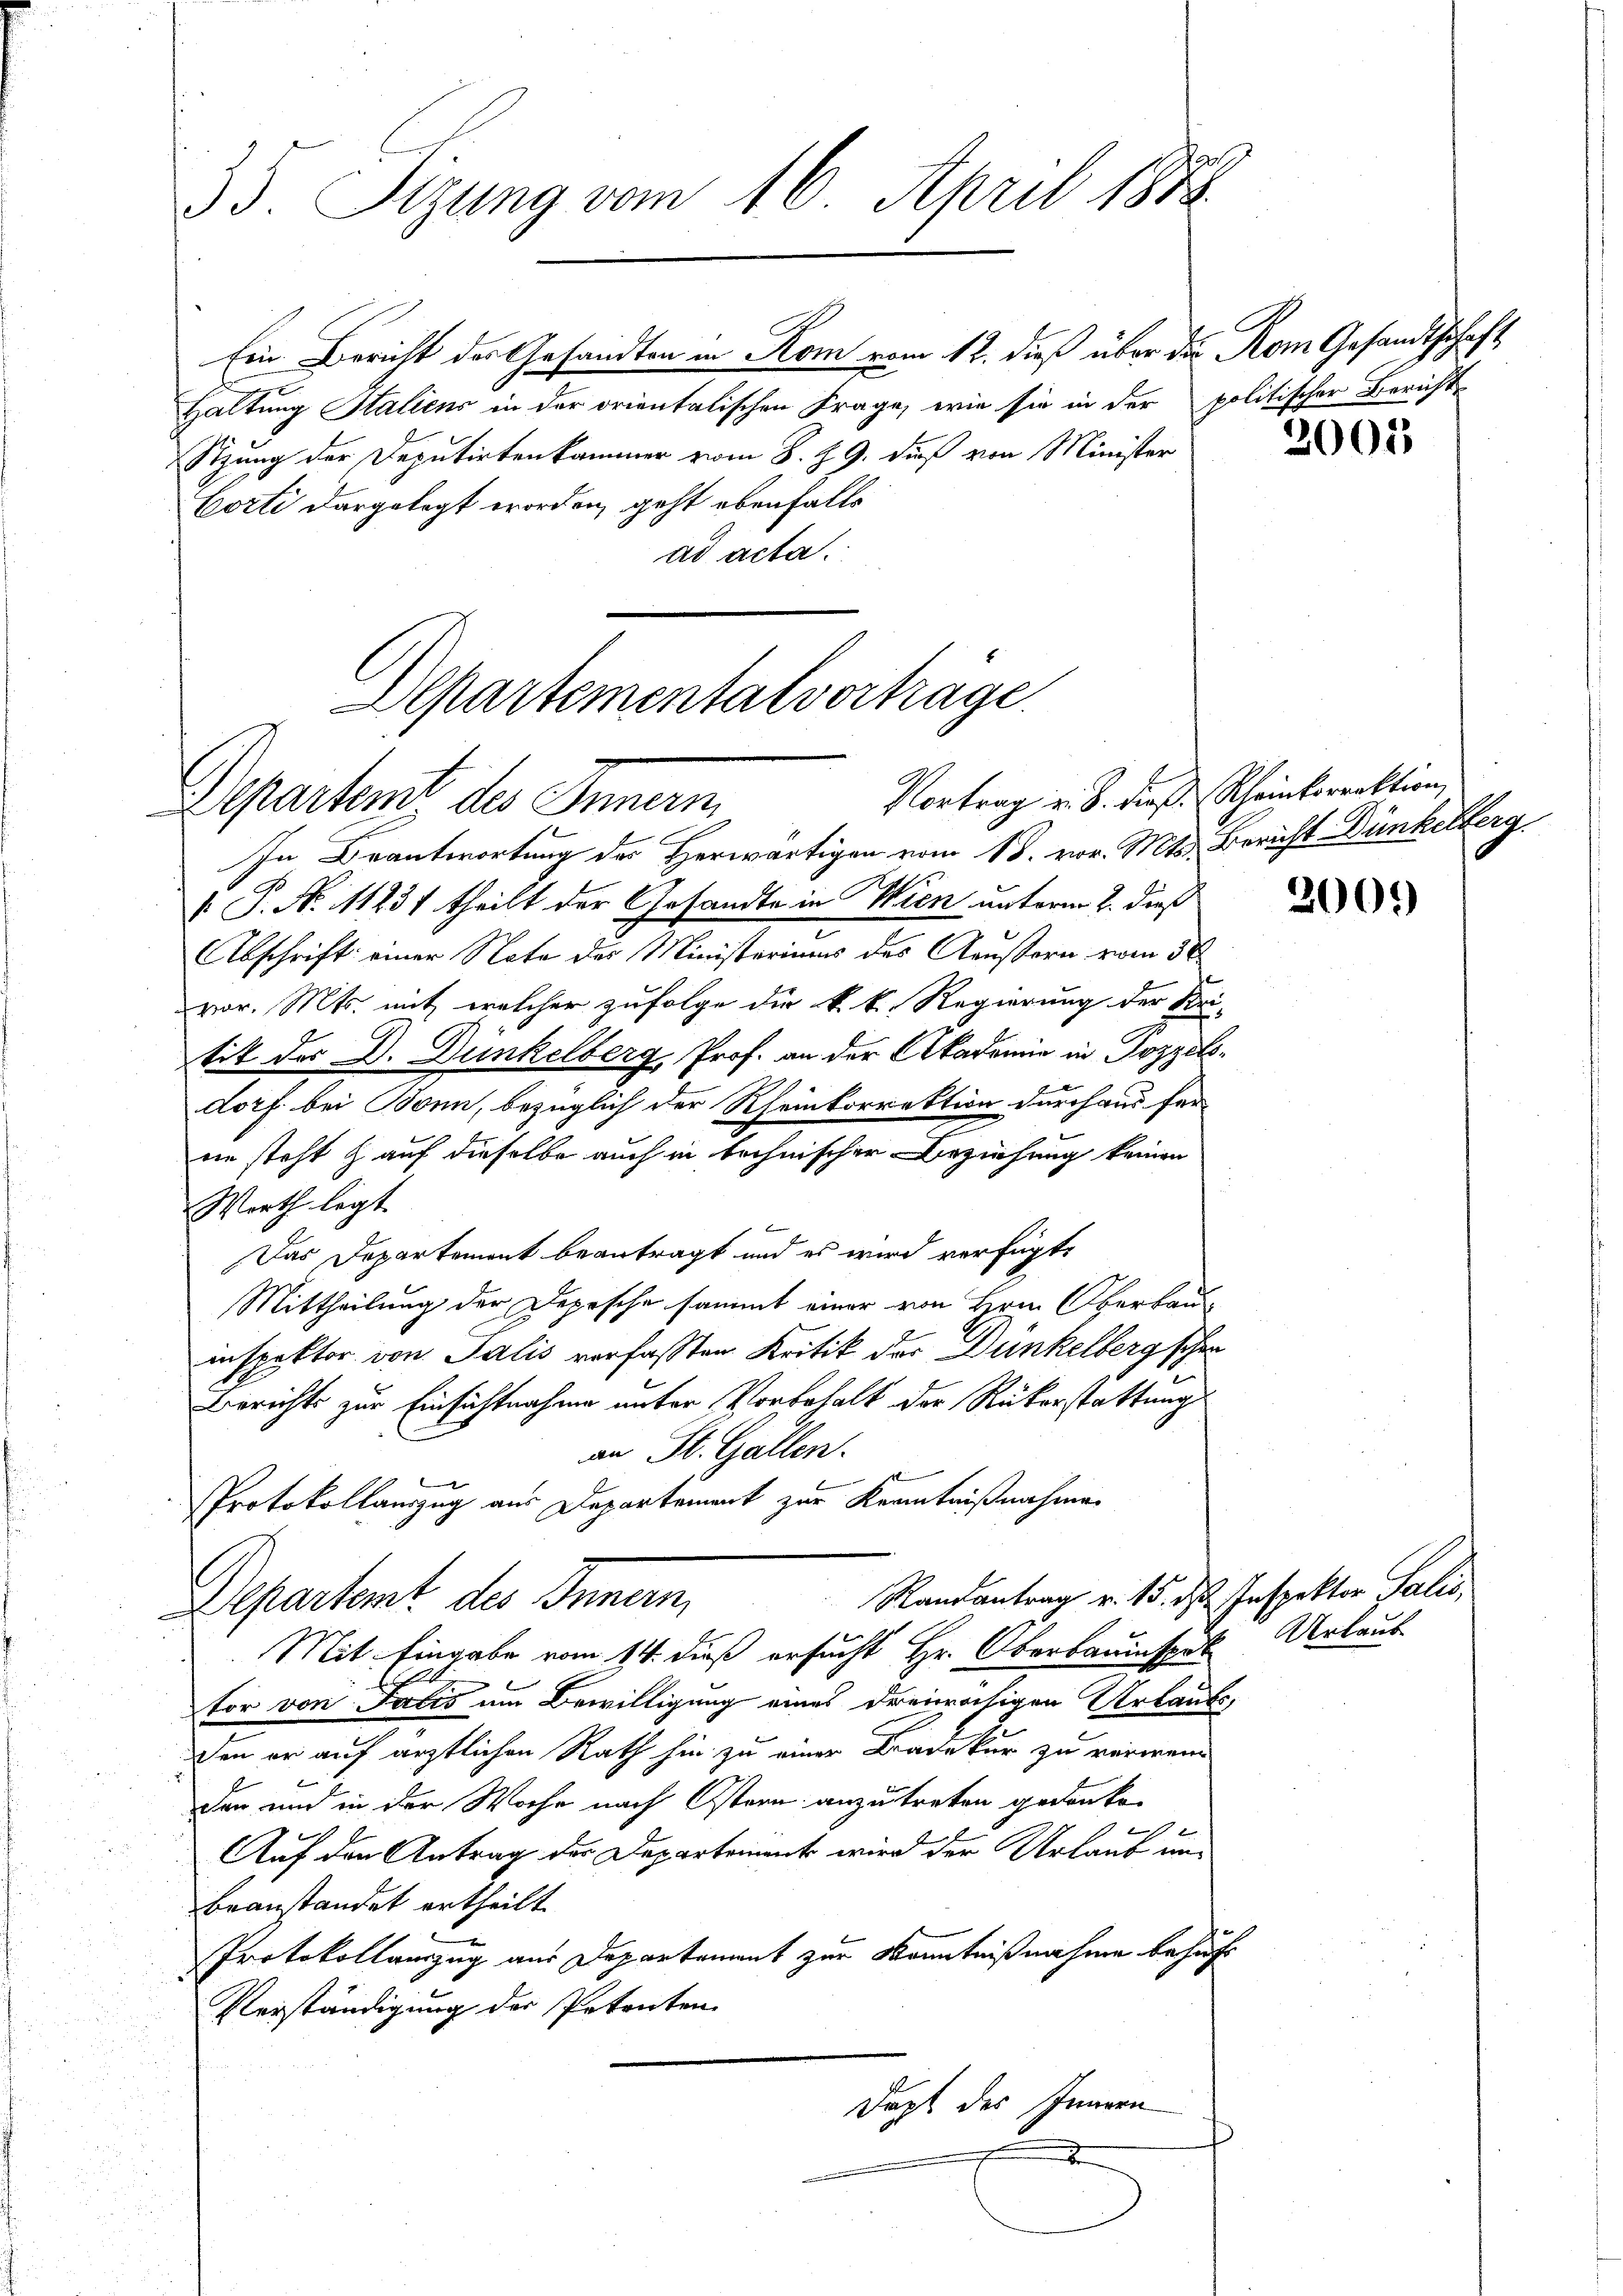
35. Sizung vom 16. April 1874.

Ein Bericht des Gesandten in Rom vom 12. dieß über die Rom Gesandtschaft
Haltung Staliens in der orientalischen Frage, wie sie in der politischer Berichts
Stzung der Deputirtenkammer vom 8. 89. dieß von Minister
Corti dargelegt worden, geht ebenfalls
ad acta.

Departementalvorträge.
Vortrag u. 8. dieß Scheinkorrektion,
Departamt des Innern

In Beantwortung des Herwärtigen vom 13. vor. Mts. Bericht Dünkelberg
 P. N. 111237 theilt der Gesandte in Wien unterm 2. dieß
Abschrift einer Note der Ministeriums des Aeußern vom 30
vor. Mts. mit welcher zufolge die k. k. Regierung der Kei-
tit der D. Dunkelberg, Prof. an der Akademie in Jozzeldorf bei Bonn, bezüglich der Rheinkorrektion durchaus fer-
die steht auf dieselbe auch in technischer Beziehung keinen
Werth legt.
Das Departement beantragt und es wird verfügte
Mittheilung der Depesche sammt einer von Hrn. Oberbau-
inspektor von Salis verfassten Kritik der Dunkelberg schen
Berichts zur Einsichtnahme unter Vorbehalt der Rükerstattungsan St. Gallen.
d
Protokollauszug aus Departement zur Kenntnißnahmen
Randantrag v. 15. ds Inspektor Salis,
Departemt des Innern,
Mit Eingabe vom 14. dieß ersucht Hr. Oberbauinspek Urlaub
tor von Talis um Bewilligung eines dreimächigen Urlaubs,
den er auf ärztlichen Rath hin zu einer Krade kur zu verwend
den und in der Woche nach Ostern anzutreten gedanke
Beweren
1
Auf den Antrag der Departement wird der Urlaub un
beanstandet ertheilt.
Protokollauszug aus Departement zur Kenntnißnahme behufs
Verständigung der Petenten
Dapt des Innern
d

2005

2005